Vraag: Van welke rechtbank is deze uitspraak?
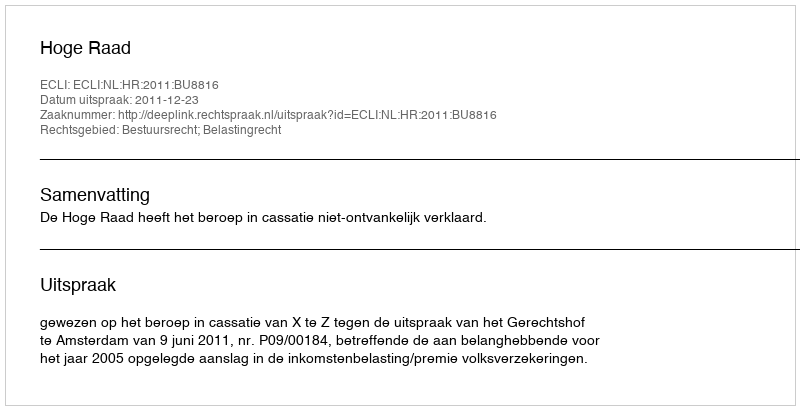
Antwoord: Hoge Raad